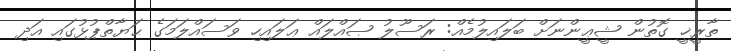
ތާރީޚީ ގޮތުން ޝީޢީންނަށް ބަލައިލުމެއް: ރަސޫލު ޞައްލައް ޢަލައިހި ވަސައްލަމަގެ ޙަޔާތްޕުޅުގައި އަދި